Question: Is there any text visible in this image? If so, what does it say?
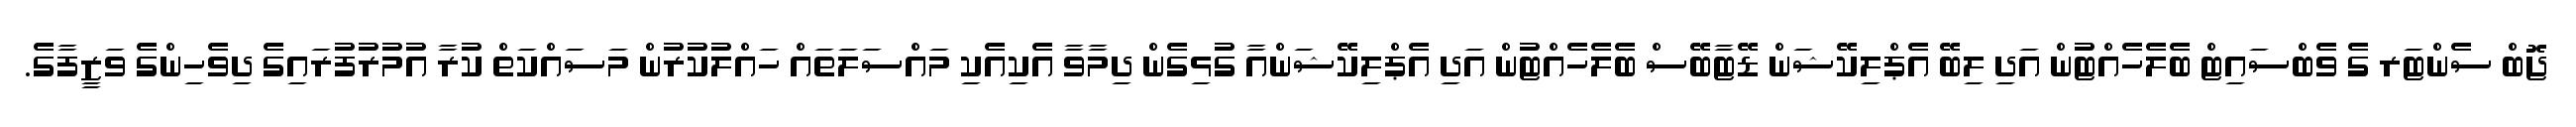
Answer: ޖޮބް ސެންޓަރ ގެ ވެބްސައިޓް ބެލެހެއްޓުން އަދި ލިބޭ އެޕްލިކޭޝަން ޑޭޓާބޭސް ބެލެހެއްޓުން އަދި އެޕްލިކޭޝަންއާ ގުޅިގެން ދިމާވާ އެކިއެކި މައްސަލަތައް ހައްލުކުރުން މަސައްކަތް ކުރާ އުމުރުފުރައިގެ ދިވެހިންގެ ވަޒީފާގެ.